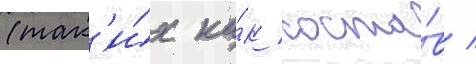
(так'и́х ка́к соста́в /